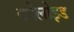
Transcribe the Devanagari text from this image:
कोलोइड